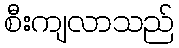
စီးကျလာသည်